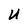
Character: U